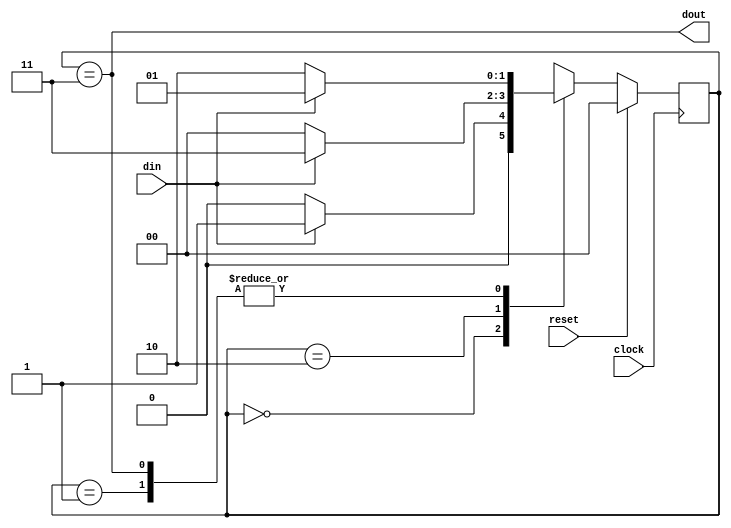
/********************************************************************************************

Copyright 2018-2019 - Maven Silicon Softech Pvt Ltd. All Rights Reserved.

This source code is an unpublished work belongs to Maven Silicon Softech Pvt Ltd.
It is considered a trade secret and is not to be divulged or used by parties who 
have not received written authorization from Maven Silicon Softech Pvt Ltd.

Maven Silicon Softech Pvt Ltd
Bangalore - 560076

Webpage: www.maven-silicon.com

Filename:	seq_det.v   

Description:	Sequence detector detecting "101" 

Date:		01/05/2018

Author:		Maven Silicon

Email:		online@maven-silicon.com
		 

Version:	1.0

*********************************************************************************************/

module seq_det(din,
               clock,
               reset,
               dout);
// Step 1. Declare the sates as parameter "IDLE","STATE1","STATE2","STATE3",
//         and use binary encoding for encoding these states.

  parameter IDLE = 2'b00,
	    STATE1 = 2'b01,
	    STATE2 = 2'b10,
	    STATE3 = 2'b11; 

// Step 2. Write down the port direction with proper directions.
  input din,clock,reset;
  output dout;

        
  reg [1:0] present_state,
            next_state;

// Step 3. Write down the sequential logic for present state
  always@(posedge clock)
  begin
    if(reset)
      present_state <= IDLE;
    else
     present_state <= next_state;
  end



// Step 4. Understand the combinational logic for next state
  always@(present_state,din)
  begin
    case (present_state)
      IDLE   : if (din==1) 
                 next_state=STATE1;
               else
                 next_state=IDLE;
      STATE1 : if (din==0)
                  next_state=STATE2;
               else
                  next_state=STATE1;
      STATE2 : if (din==1)
                   next_state=STATE3;
               else 
                   next_state=IDLE;
      STATE3 : if (din==1)
                   next_state=STATE1;
               else 
                   next_state=STATE2;
      default : next_state=IDLE;
    endcase
  end
  
// Step 5. Write down the logic for output "dout".

  assign dout = (present_state == STATE3);

endmodule